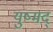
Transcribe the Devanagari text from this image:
युष्मद्